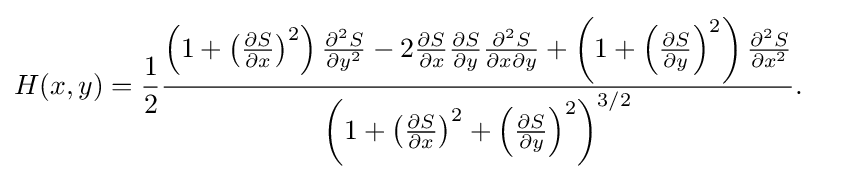
{\begin{aligned}H(x,y)&={\frac {1}{2}}{\frac {\left(1+\left({\frac {\partial S}{\partial x}}\right)^{2}\right){\frac {\partial ^{2}S}{\partial y^{2}}}-2{\frac {\partial S}{\partial x}}{\frac {\partial S}{\partial y}}{\frac {\partial ^{2}S}{\partial x\partial y}}+\left(1+\left({\frac {\partial S}{\partial y}}\right)^{2}\right){\frac {\partial ^{2}S}{\partial x^{2}}}}{\left(1+\left({\frac {\partial S}{\partial x}}\right)^{2}+\left({\frac {\partial S}{\partial y}}\right)^{2}\right)^{3/2}}}.\end{aligned}}